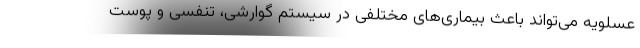
عسلویه می‌تواند باعث بیماری‌های مختلفی در سیستم گوارشی، تنفسی و پوست